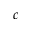
^ c